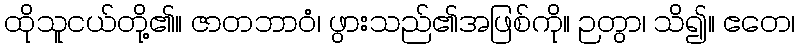
ထိုသူငယ်တို့၏။ ဇာတဘာဝံ၊ ဖွားသည်၏အဖြစ်ကို။ ဉတွာ၊ သိ၍။ ဧတေ၊